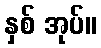
နှစ် အုပ်။